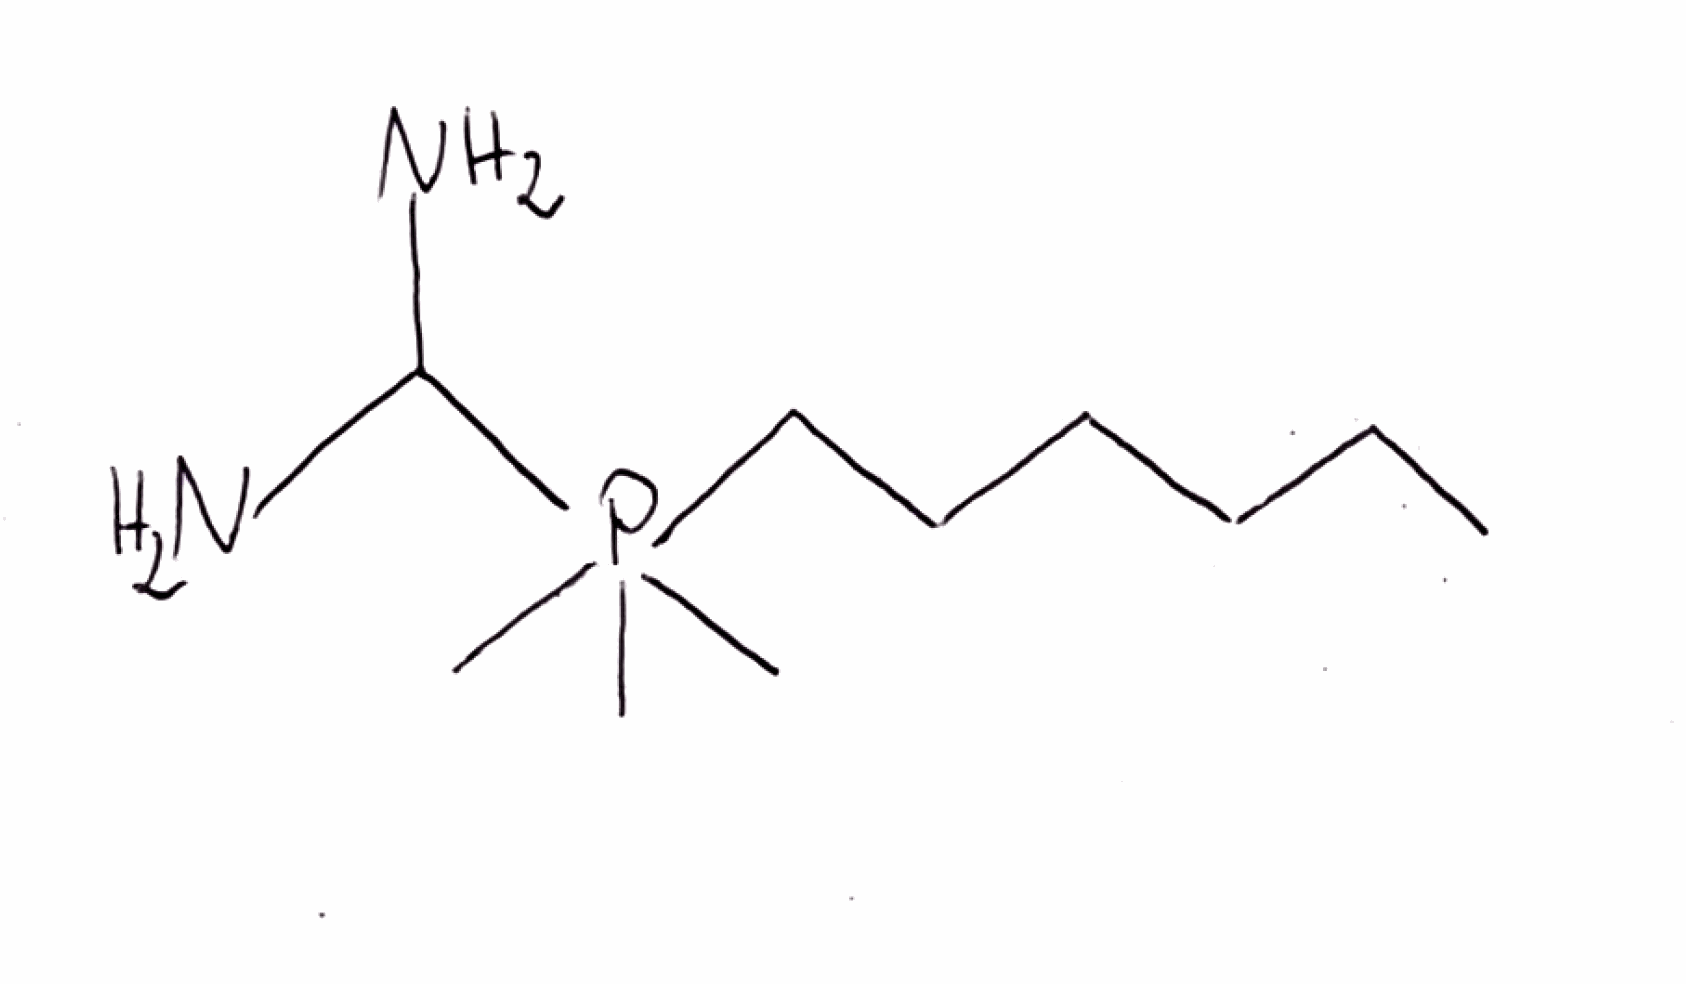
Simplified molecular-input line-entry system (SMILES) notation of the given molecule:
CCCCCCP(C)(C)(C)C(N)N